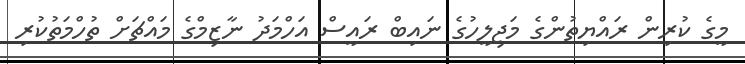
މީގެ ކުރިން ރައްޔިތުންގެ މަޖިލީހުގެ ނައިބް ރައީސް އަހްމަދު ނާޒިމްގެ މައްޗަށް ތުހްމަތުކުރި